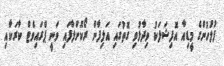
ފުލުހުންގެ މީޑިއާ އޮފިޝަލަކު ވިދާޅުވި ގޮތުގައި އަލިފާން ރޯކޮށްލާފައި ވަނީ ޕްރައިވެޓް ކާރަކާއި